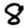
Digit: 8